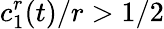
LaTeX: c_{1}^{r}(t)/r>1/2